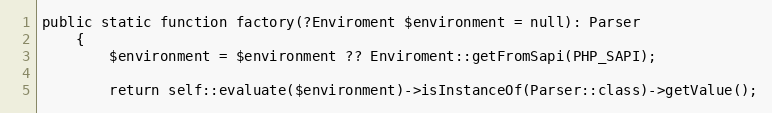
Language: PHP
public static function factory(?Enviroment $environment = null): Parser
    {
        $environment = $environment ?? Enviroment::getFromSapi(PHP_SAPI);

        return self::evaluate($environment)->isInstanceOf(Parser::class)->getValue();